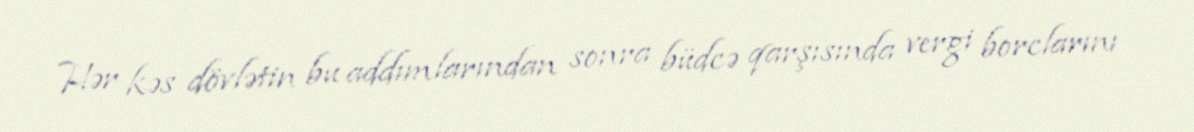
Hər kəs dövlətin bu addımlarından sonra büdcə qarşısında vergi borclarını